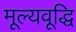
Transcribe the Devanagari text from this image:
मूल्यवूद्धि